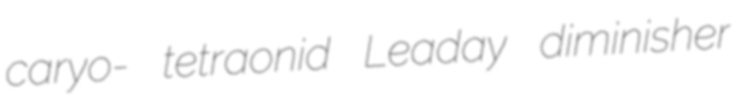
caryo- tetraonid Leaday diminisher